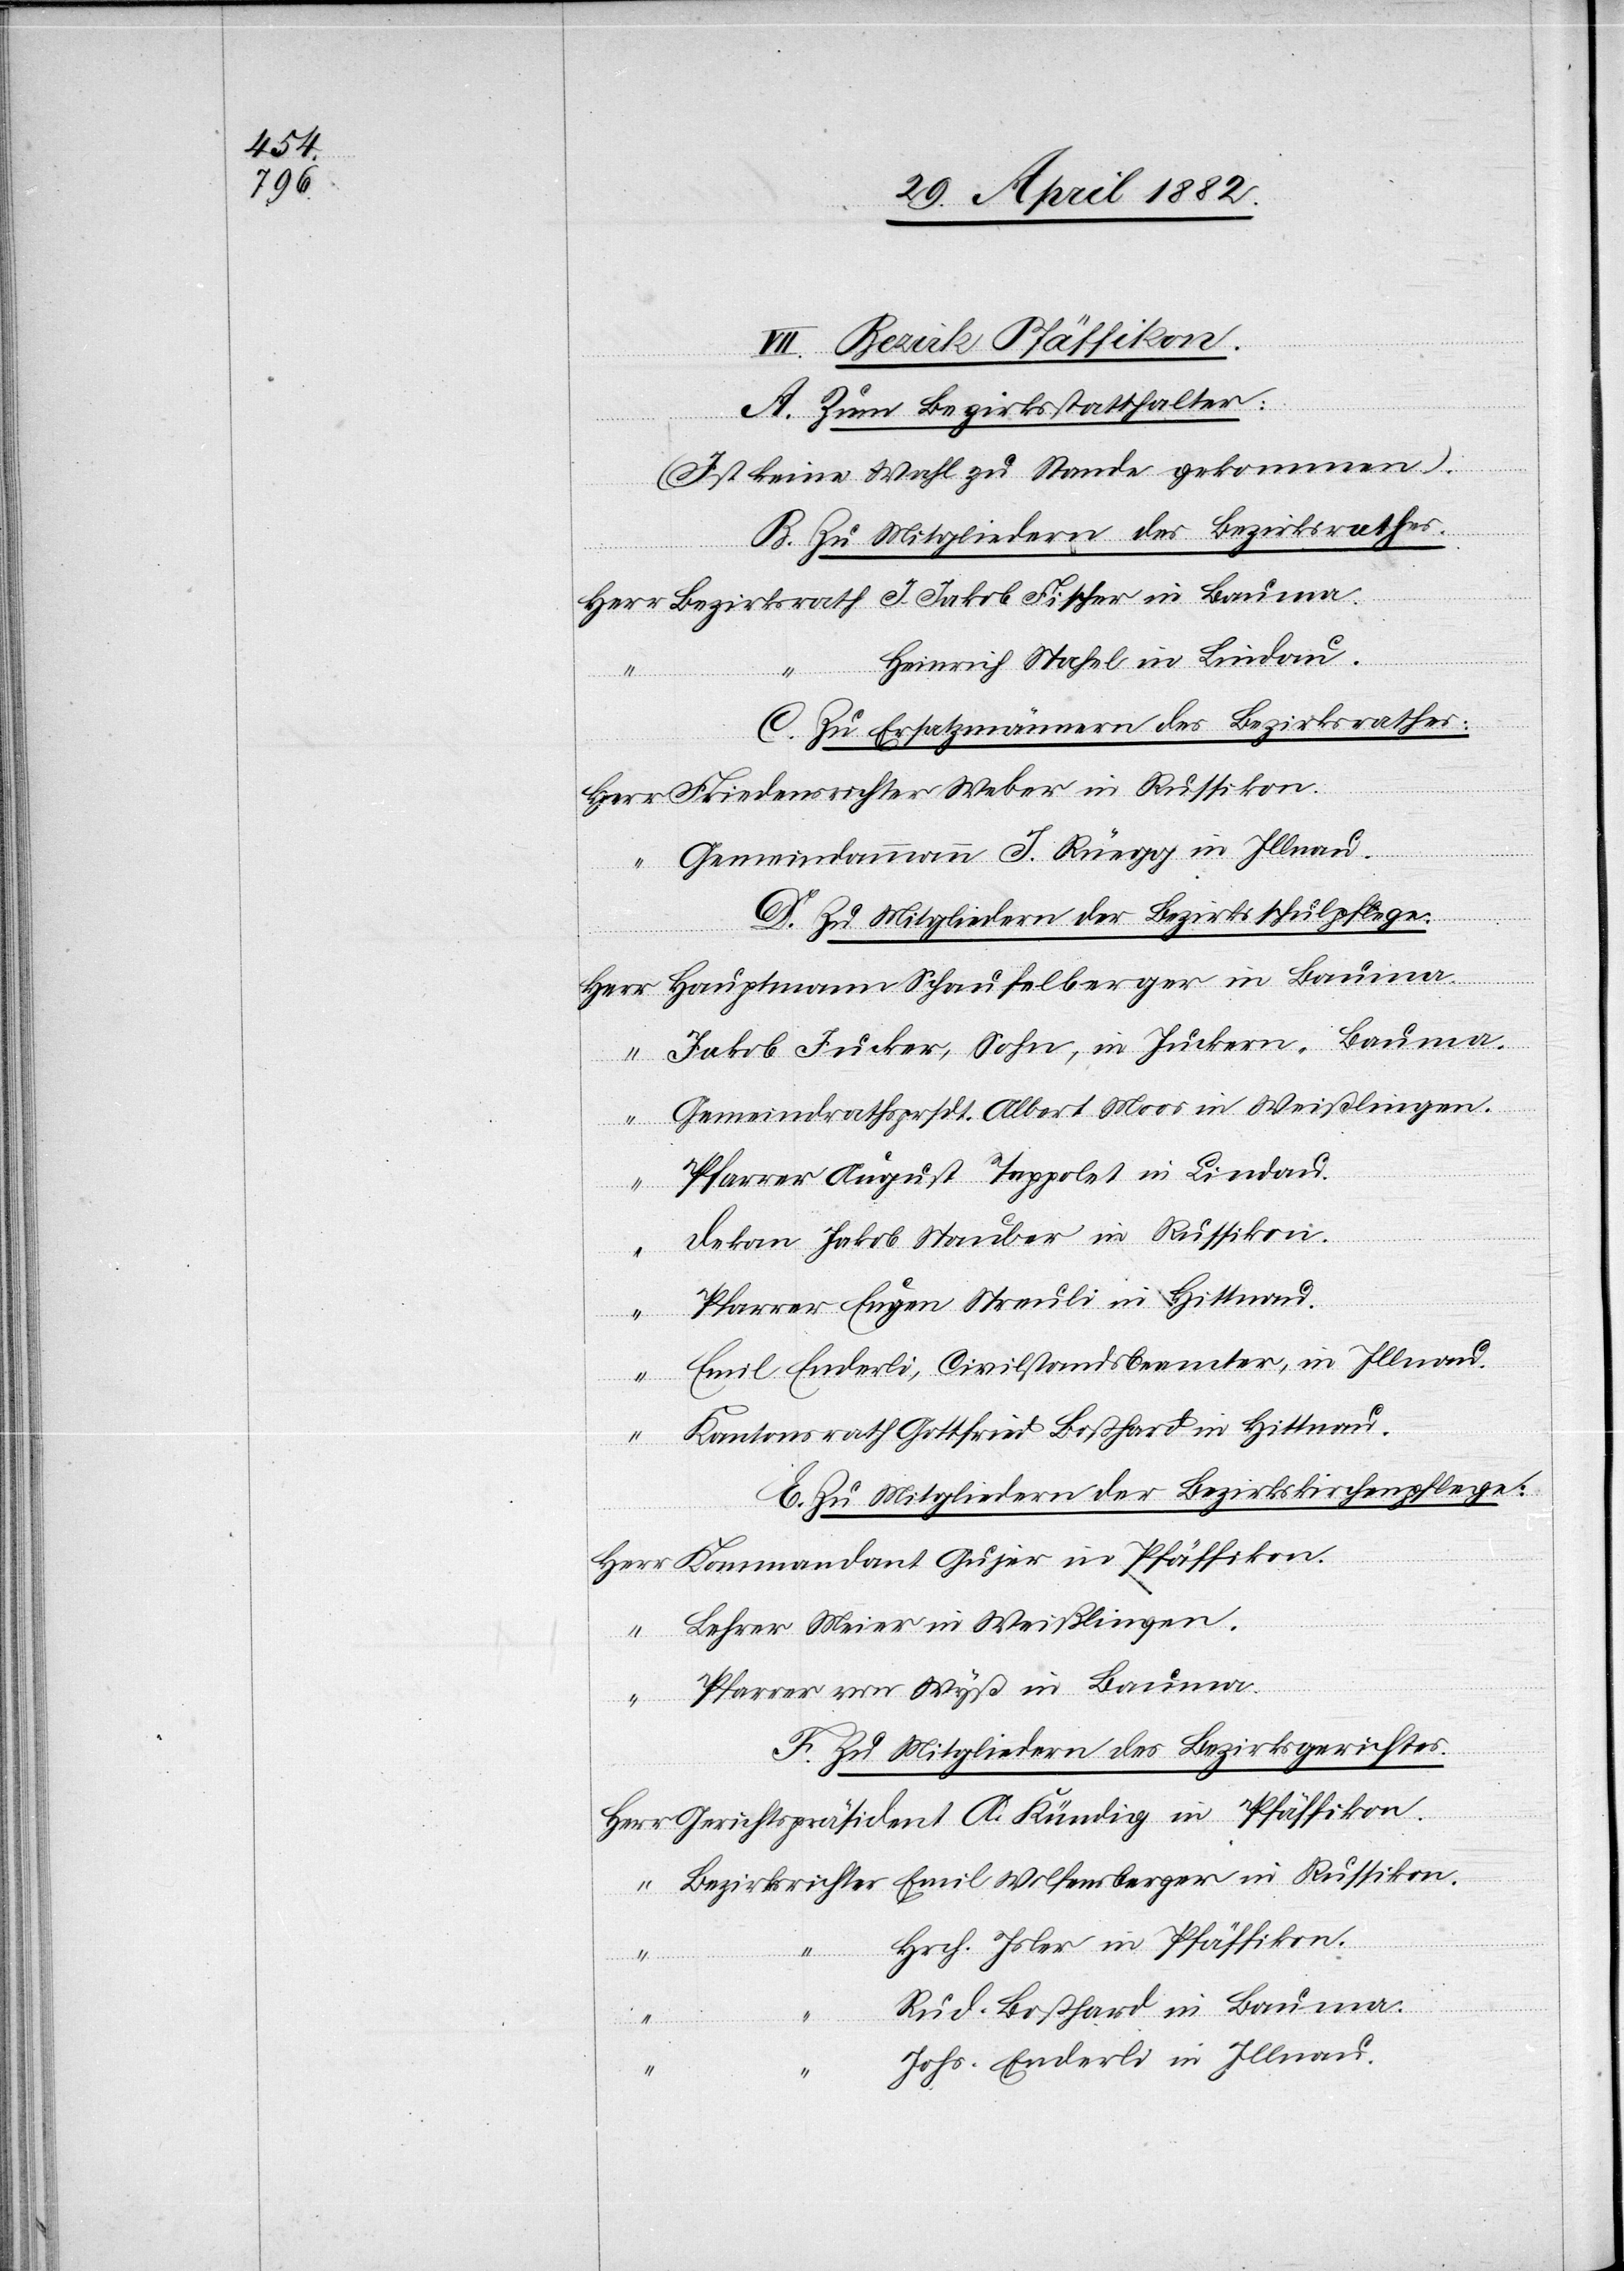
VII. Bezirk Pfäffikon.
A. Zum Bezirksstatthalter:
(Ist keine Wahl zu Stande gekommen).
B. Zu Mitgliedern des Bezirksrathes.
Heinrich Stahel in Lindau.
Hittnau.
C. Zu Ersatzmännern des Bezirksrathes:
Friedensrichter Weber in Russikon.
Russikon.
Gemeindammann J. Rüegg in Illnau.
D. Zu Mitgliedern der Bezirksschulpflege.
Kommandant
Jakob Fucker, Sohn, in Juckern, Bauma.
Gemeindrathsprsdt. Albert Moos in Weißlingen.
Jakob Stauber in Russikon.
Emil Enderli, Civilstandsbeamter, in Illnau.
E. Zu Mitgliedern der Bezirkskirchenpflege.
F. Zu Mitgliedern des Bezirksgerichtes.
Gerichtspräsident A. Kündig in Pfäffikon.
Hrch. Isler in Pfäffikon.
Rud. Boßhard in Bauma.
Johs. Enderli in Illnau.